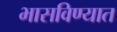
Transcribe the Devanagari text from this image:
भासविण्यात